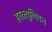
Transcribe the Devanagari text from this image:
हरक्यूलियन